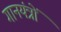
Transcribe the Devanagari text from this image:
गानयंत्रों